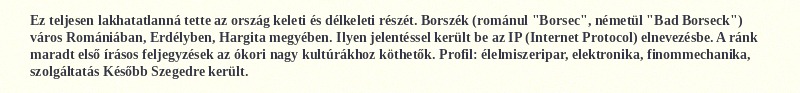
Ez teljesen lakhatatlanná tette az ország keleti és délkeleti részét. Borszék (románul "Borsec", németül "Bad Borseck") város Romániában, Erdélyben, Hargita megyében. Ilyen jelentéssel került be az IP (Internet Protocol) elnevezésbe. A ránk maradt első írásos feljegyzések az ókori nagy kultúrákhoz köthetők. Profil: élelmiszeripar, elektronika, finommechanika, szolgáltatás Később Szegedre került.